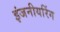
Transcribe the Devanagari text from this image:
इंजनीयरिंग